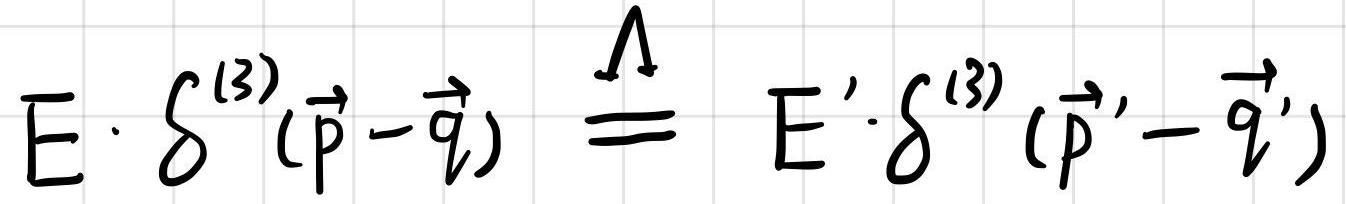
$E \cdot \delta ^{(3)}(\vec{p}-\vec{q}) \stackrel{\Lambda}{=} E' \cdot \delta ^{(3)} (\vec{p}'-\vec{q}')$